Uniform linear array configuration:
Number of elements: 12
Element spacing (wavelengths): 0.75
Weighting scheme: kaiser
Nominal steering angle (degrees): -15
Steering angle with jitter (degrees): -15.647
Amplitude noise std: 0.05
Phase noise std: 0.05

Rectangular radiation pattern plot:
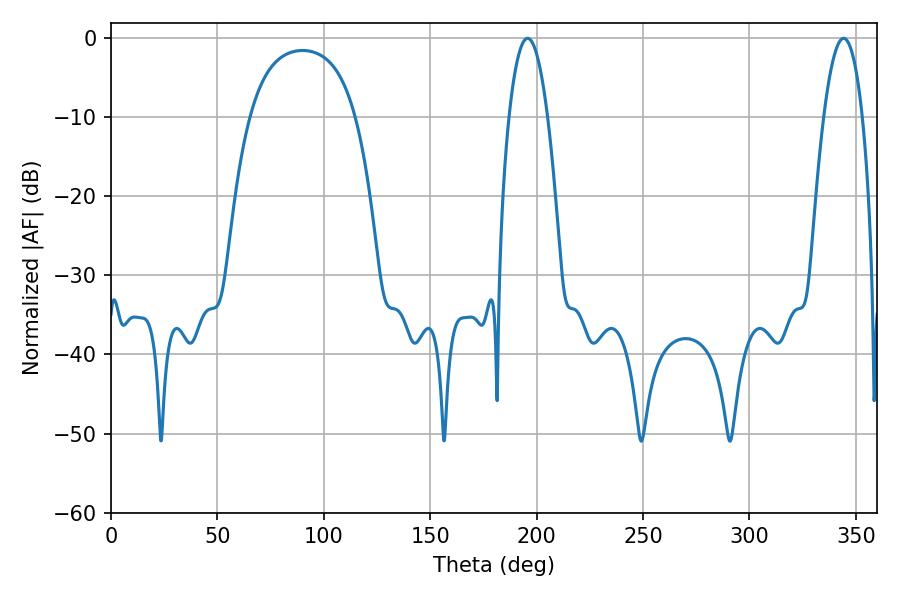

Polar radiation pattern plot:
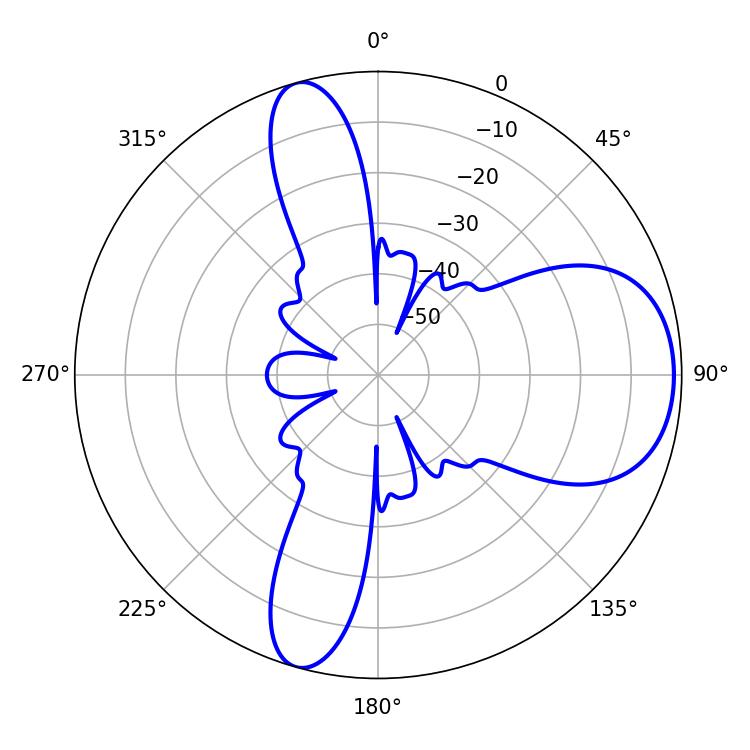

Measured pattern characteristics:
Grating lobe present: TRUE
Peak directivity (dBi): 8.202
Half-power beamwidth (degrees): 10.08
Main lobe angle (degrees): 195.66